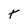
Character: T